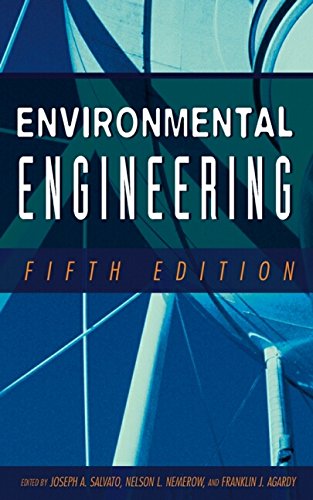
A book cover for Environmental Engineering; Joseph A. Salvato; Science & Math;